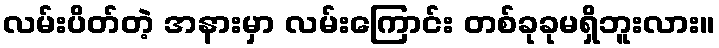
လမ်းပိတ်တဲ့ အနားမှာ လမ်းကြောင်း တစ်ခုခုမရှိဘူးလား။